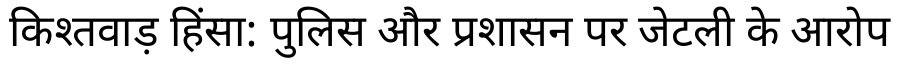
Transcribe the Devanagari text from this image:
किश्तवाड़ हिंसा: पुलिस और प्रशासन पर जेटली के आरोप